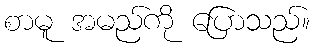
စာမူ အမည်ကို ပြောသည်။